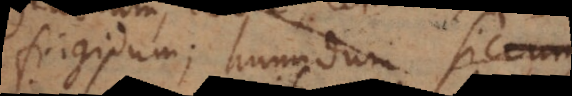
frigidum; humidum siccum